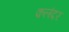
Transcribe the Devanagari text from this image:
क़लंदर